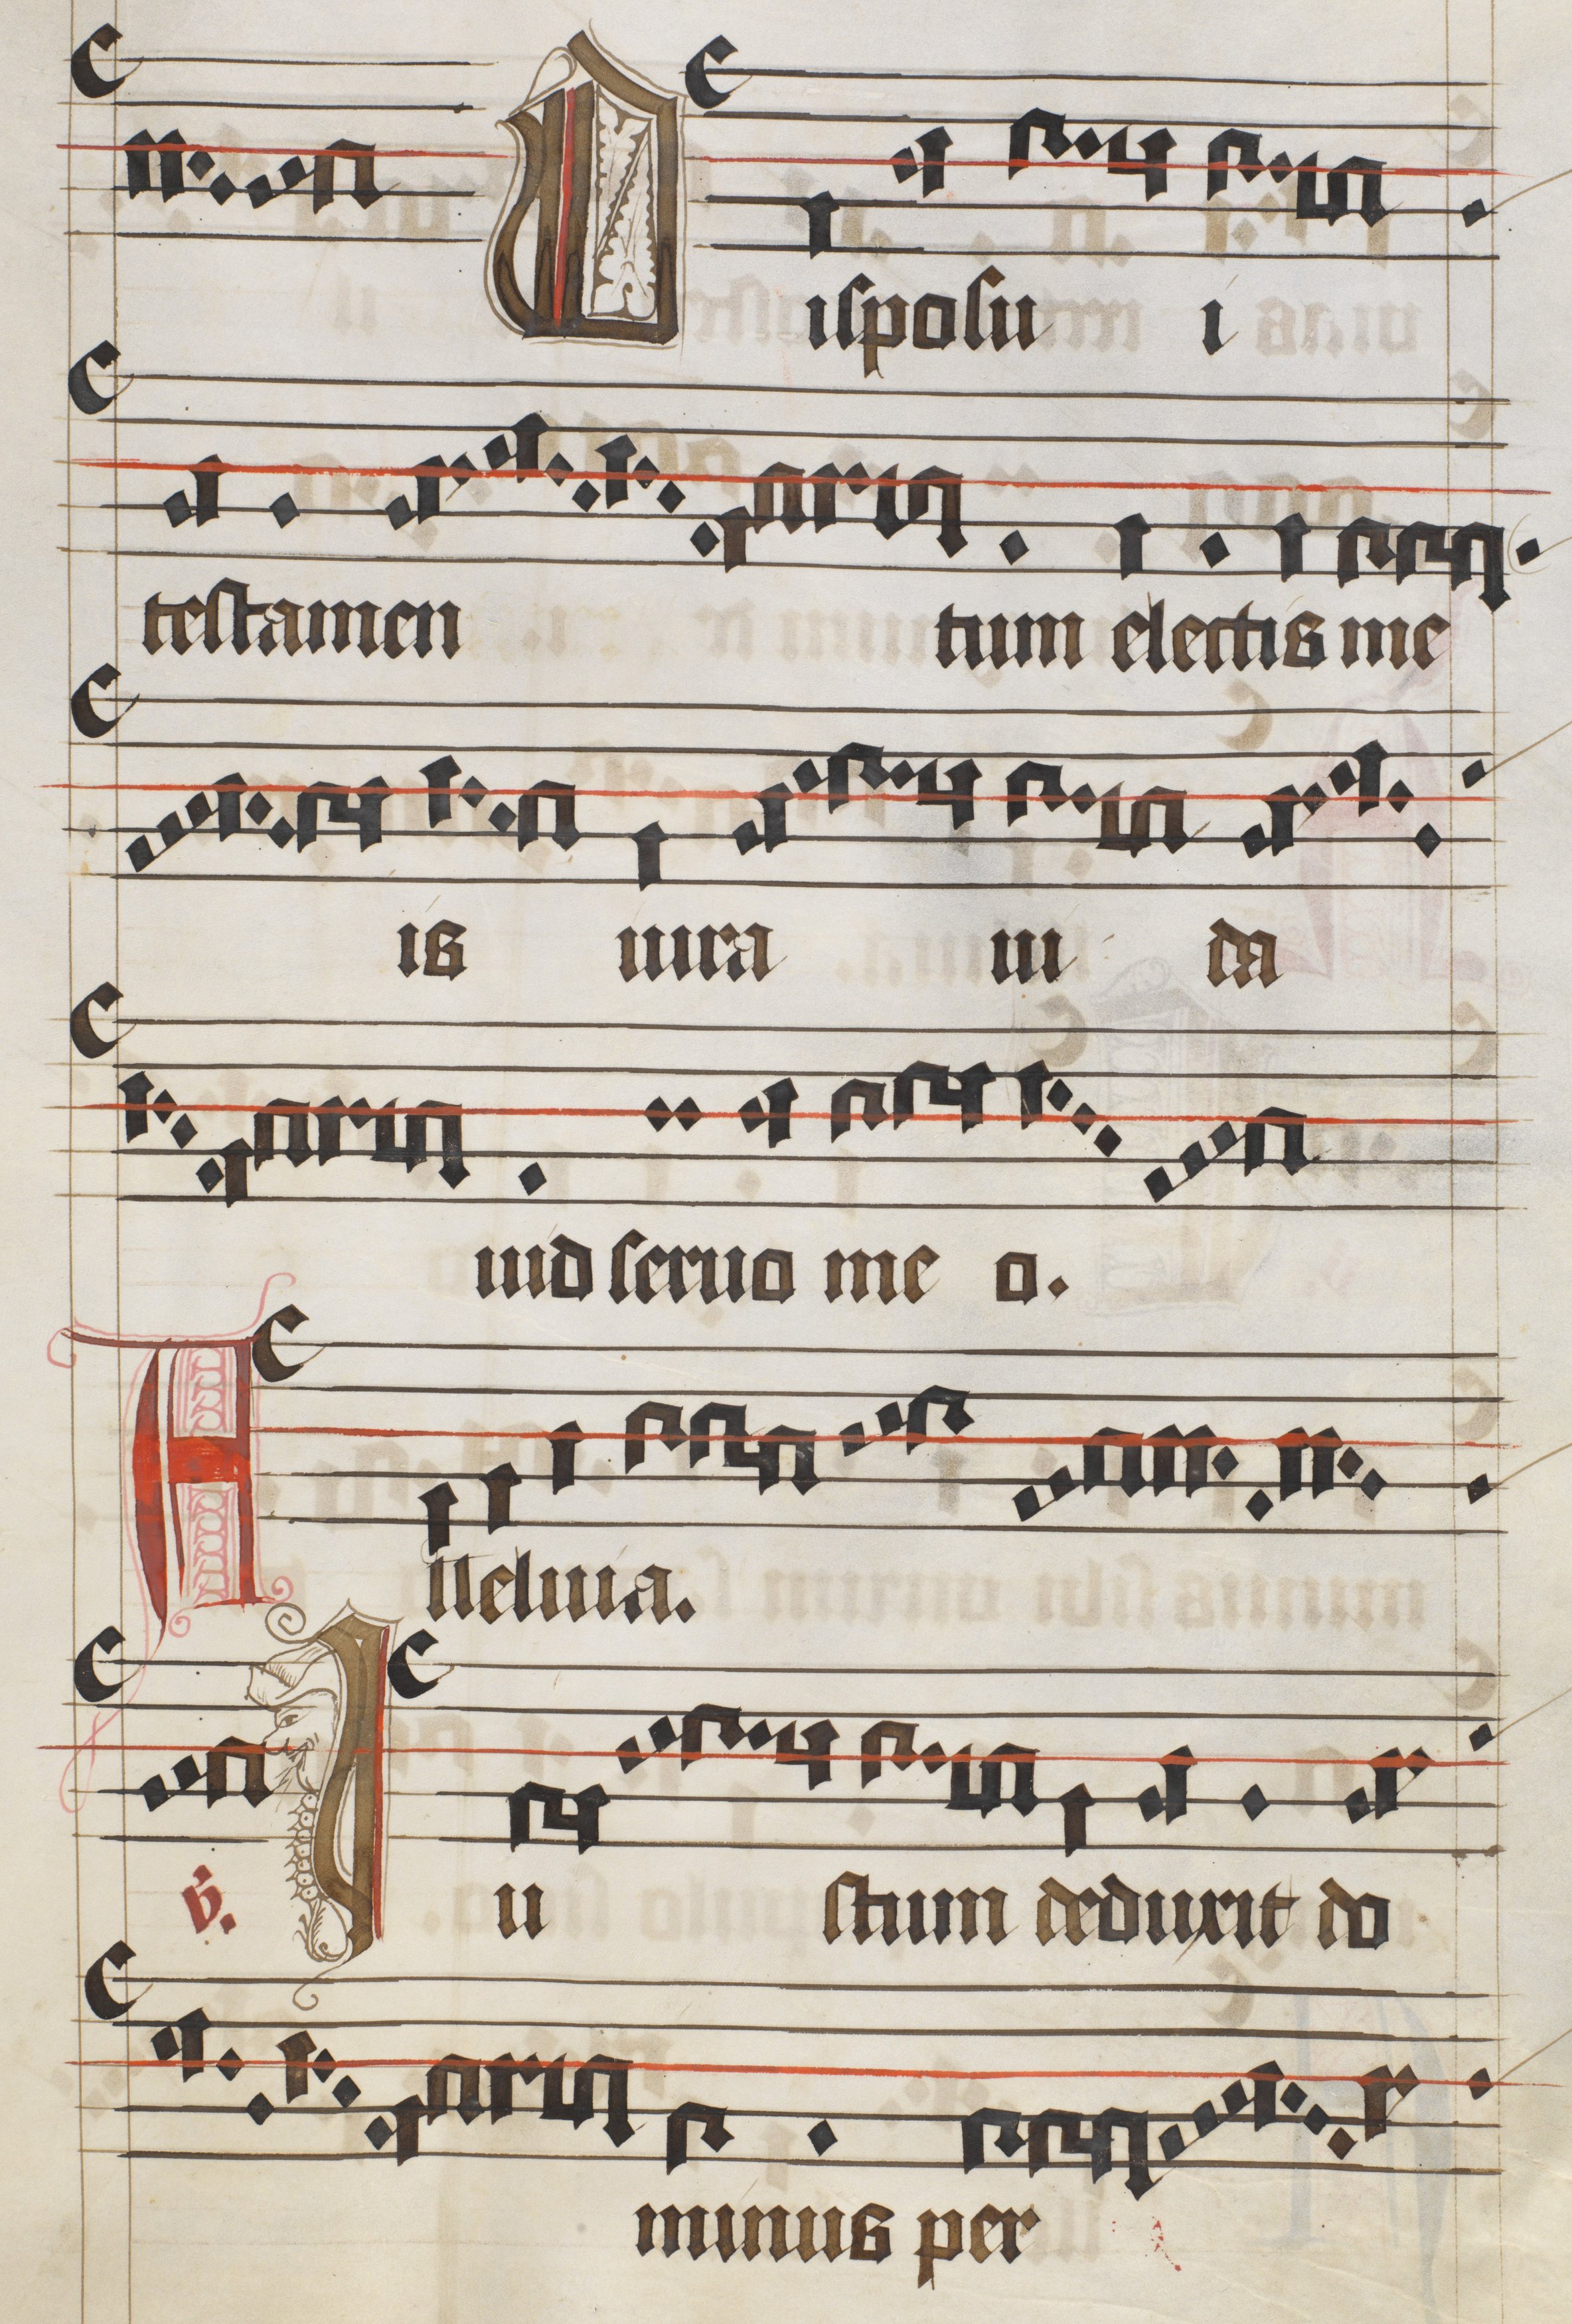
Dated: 1475–1499